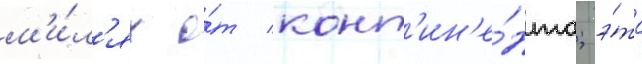
м'и́л'ях о́т конт'ин'е́нта; э́то